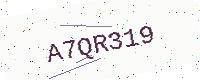
Text: A7QR319